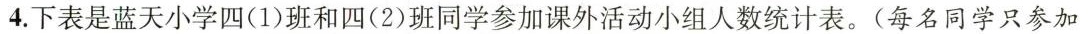
4.下表是蓝天小学四(1)班和四(2)班同学参加